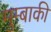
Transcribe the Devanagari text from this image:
मुम्बाकी